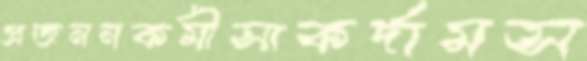
প্রজননকর্মীসাকর্দামস